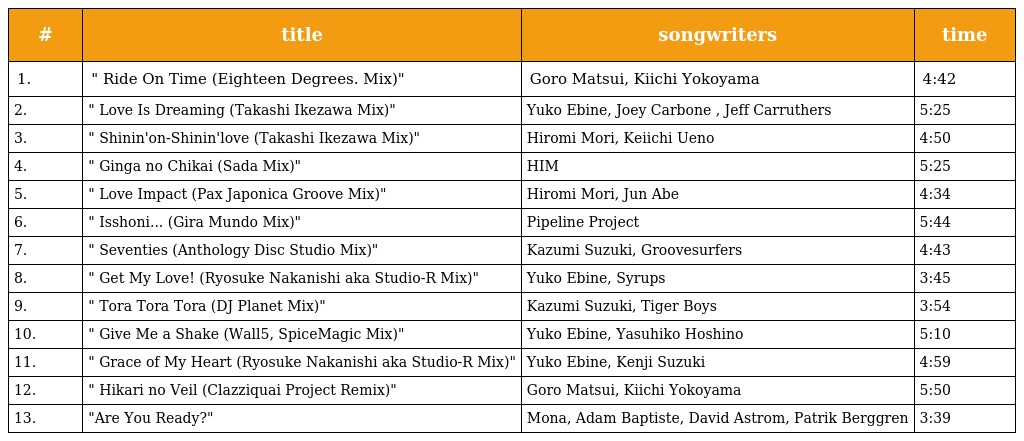
| # | title | songwriters | time |
 | --- | --- | --- | --- |
 | 1. | " Ride On Time (Eighteen Degrees. Mix)" | Goro Matsui, Kiichi Yokoyama | 4:42 |
 | 2. | " Love Is Dreaming (Takashi Ikezawa Mix)" | Yuko Ebine, Joey Carbone , Jeff Carruthers | 5:25 |
 | 3. | " Shinin'on-Shinin'love (Takashi Ikezawa Mix)" | Hiromi Mori, Keiichi Ueno | 4:50 |
 | 4. | " Ginga no Chikai (Sada Mix)" | HIM | 5:25 |
 | 5. | " Love Impact (Pax Japonica Groove Mix)" | Hiromi Mori, Jun Abe | 4:34 |
 | 6. | " Isshoni... (Gira Mundo Mix)" | Pipeline Project | 5:44 |
 | 7. | " Seventies (Anthology Disc Studio Mix)" | Kazumi Suzuki, Groovesurfers | 4:43 |
 | 8. | " Get My Love! (Ryosuke Nakanishi aka Studio-R Mix)" | Yuko Ebine, Syrups | 3:45 |
 | 9. | " Tora Tora Tora (DJ Planet Mix)" | Kazumi Suzuki, Tiger Boys | 3:54 |
 | 10. | " Give Me a Shake (Wall5, SpiceMagic Mix)" | Yuko Ebine, Yasuhiko Hoshino | 5:10 |
 | 11. | " Grace of My Heart (Ryosuke Nakanishi aka Studio-R Mix)" | Yuko Ebine, Kenji Suzuki | 4:59 |
 | 12. | " Hikari no Veil (Clazziquai Project Remix)" | Goro Matsui, Kiichi Yokoyama | 5:50 |
 | 13. | "Are You Ready?" | Mona, Adam Baptiste, David Astrom, Patrik Berggren | 3:39 |